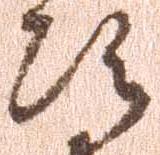
次